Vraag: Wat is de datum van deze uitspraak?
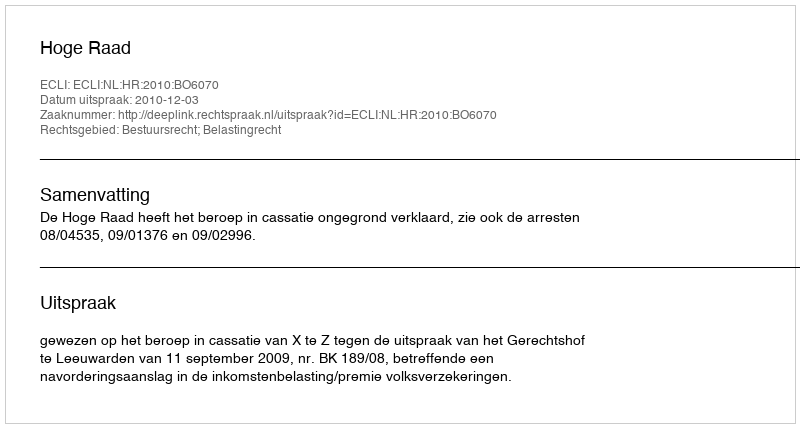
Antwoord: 2010-12-03